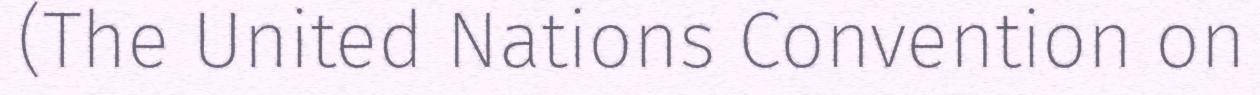
(The United Nations Convention on